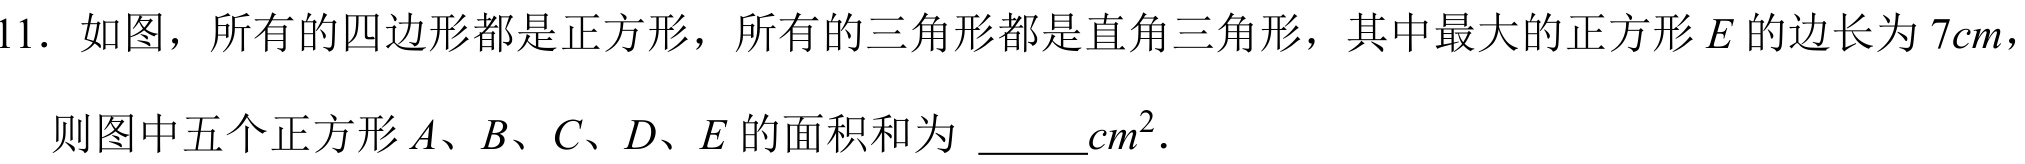
11. 如图，所有的四边形都是正方形，所有的三角形都是直角三角形，其中最大的正方形\(E\)的边长为\(7cm\)，
则图中五个正方形\(A、B、C、D、E\)的面积和为 \underline{\quad\quad}\(cm^{2}\).